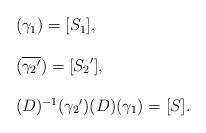
LaTeX: \begin{align*}\left.\begin{array}{l}(\gamma_1)=[S_1],\\\\(\overline{{\gamma_2}'})=[{S_2}'],\\\\(D)^{-1}({\gamma_2}')(D)(\gamma_1)=[S].\\\end{array}\right.\end{align*}